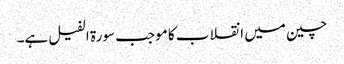
چین میں انقلاب کا موجب سورۃ الفیل ہے۔